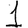
Digit: 1